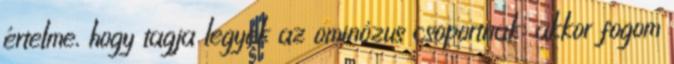
értelme, hogy tagja legyek az ominózus csoportnak: akkor fogom